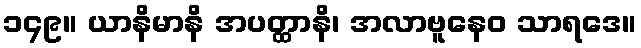
၁၄၉။ ယာနိမာနိ အပတ္ထာနိ၊ အလာဗူနေဝ သာရဒေ။